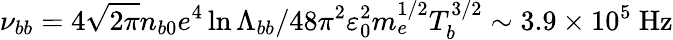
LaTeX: \nu_{bb}=4\sqrt{2\pi}n_{b0}e^{4}\ln\Lambda_{bb}/48\pi^{2}\varepsilon_{0}^{2}m_{e}^{1/2}T_{b}^{3/2}\sim 3.9\times 10^{5}\ \mathrm{Hz}